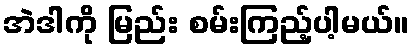
အဲဒါကို မြည်း စမ်းကြည့်ပါ့မယ်။